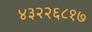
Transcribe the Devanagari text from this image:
४३२२६८१७